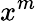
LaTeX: x^{m}